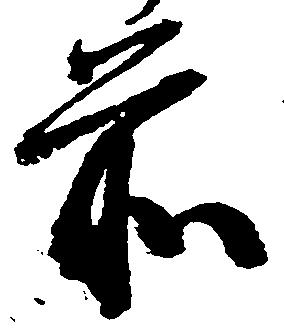
前